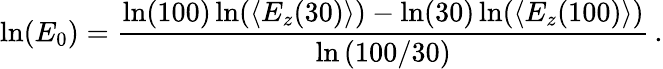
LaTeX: \ln(E_{0})=\frac{\ln(100)\ln(\langle E_{z}(30)\rangle)-\ln(30)\ln(\langle E_{z}(100)\rangle)}{\ln{(100/30)}}\, .